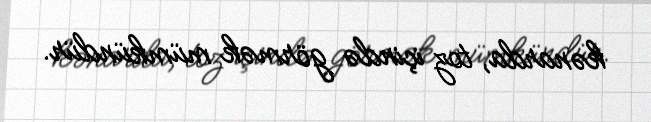
kənarda, toz içində görmək mümkündür.